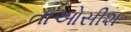
તાઓસીશ